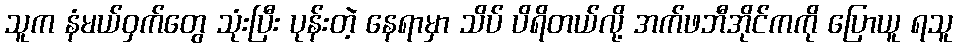
သူက နံမယ်ဝှက်တွေ သုံးပြီး ပုန်းတဲ့ နေရာမှာ သိပ် ပိရိတယ်လို့ အက်ဖဘီအိုင်ကကို ပြောယူ ရသူ